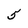
Character: 5